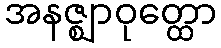
အနဇ္ဈာဝုတ္ထော